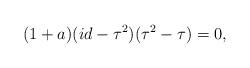
LaTeX: \begin{align*}(1+a) (id - \tau^2)(\tau^2 - \tau) = 0,\end{align*}